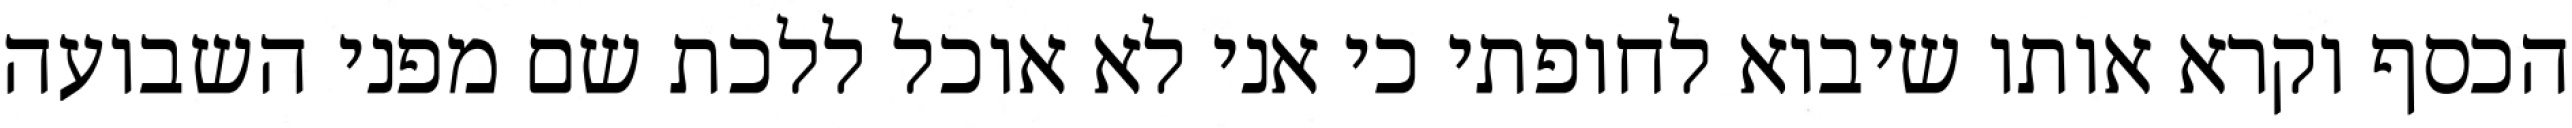
הכסף וקרא אותו שיבוא לחופתי כי אני לא אוכל ללכת שם מפני השבועה